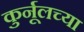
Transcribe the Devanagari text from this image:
कुर्नूलच्या